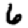
Digit: 6